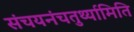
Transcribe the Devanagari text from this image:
संचयनंचतुर्थ्यामिति